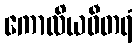
ကောလိယဓီတရံ